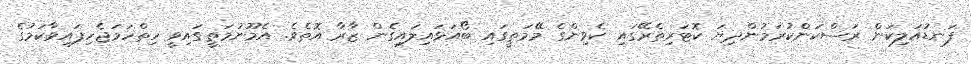
ފަނޑުއަލިކަން ރަސްކަންކުރަމުންދިޔަ ކޮޓަރިތެރޭގައި ކެވިންގެ މޭމަތީގައި ބޯއަޅައިލައިގެން ޒާރާ އޮތެވެ. އެމޫނުމަތީގައިވީ ހިތްހަމަޖެހިފައިވާކަމުގެ